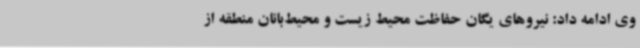
وی ادامه داد: نیروهای یگان حفاظت محیط زیست و محیط‌بانان منطقه از